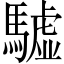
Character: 驉